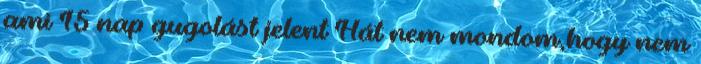
ami 15 nap gugolást jelent Hát nem mondom,hogy nem